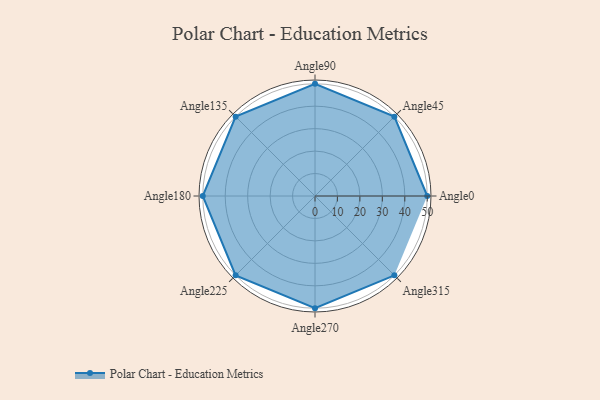
{"axis": {"x": "Angle", "y": "Radius"}, "legend": [""], "data": [{"x": "Angle0", "y": 50, "type": ""}, {"x": "Angle45", "y": 50, "type": ""}, {"x": "Angle90", "y": 50, "type": ""}, {"x": "Angle135", "y": 50, "type": ""}, {"x": "Angle180", "y": 50.0, "type": ""}, {"x": "Angle225", "y": 50, "type": ""}, {"x": "Angle270", "y": 50, "type": ""}, {"x": "Angle315", "y": 50, "type": ""}]}